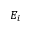
E _ { i }